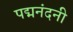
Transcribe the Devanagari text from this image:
पद्मनंदनी